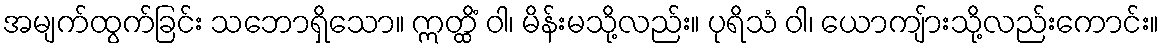
အမျက်ထွက်ခြင်း သဘောရှိသော။ ဣတ္ထိံ ဝါ၊ မိန်းမသို့လည်း။ ပုရိသံ ဝါ၊ ယောကျ်ားသို့လည်းကောင်း။